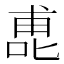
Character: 喸